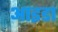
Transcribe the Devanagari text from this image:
आइडा